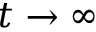
t \to \infty